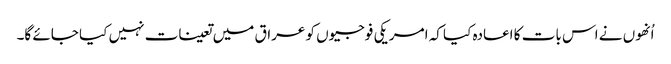
اُنھوں نے اس بات کا اعادہ کیا کہ امریکی فوجیوں کو عراق میں تعینات نہیں کیا جائے گا۔